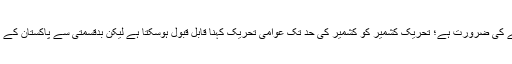
مسلہ کشمیر کو عوامی تحریک میں بدلنے کی ضرورت ہے؛ تحریک کشمیر کو کشمیر کی حد تک عوامی تحریک کہنا قابل قبول ہوسکتا ہے لیکن بدقسمتی سے پاکستان کے اندر یہ عوامی تحریک نہیں بن سکی ہے۔